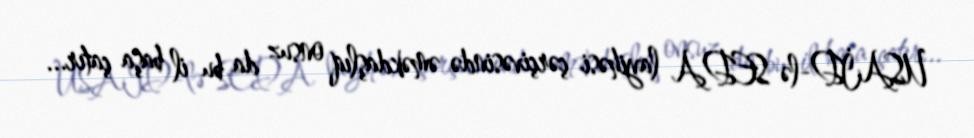
USAİD-lə SEDA layihəsi çərçivəsində əməkdaşlıq onsuz da bu il başa çatır...